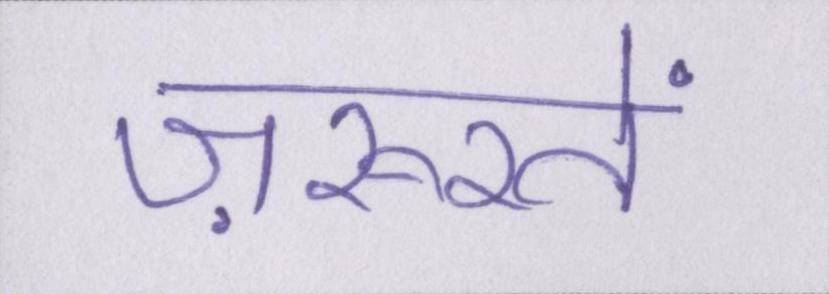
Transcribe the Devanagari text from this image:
ज़रूरतें